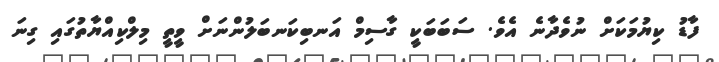
ފާޑު ކިޔުމަކަށް ނުވެދާނެ އެވެ. ސަބަބަކީ ގާސިމް އަނބިކަނބަލުންނަށް ވީތީ މިލްކިއްޔާތުގައި ގިނަ